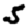
Digit: 5